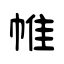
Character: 帷